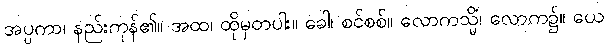
အပ္ပကာ၊ နည်းကုန်၏။ အထ၊ ထိုမှတပါး။ ခေါ၊ စင်စစ်။ လောကသ္မိံ၊ လောက၌။ ယေ